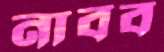
নাবব